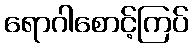
ရောဂါစောင့်ကြပ်